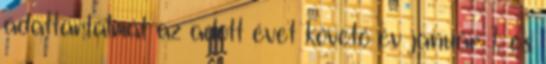
adattartalmát az adott évet követő év január 1. és